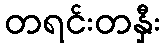
တရင်းတနှီး